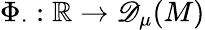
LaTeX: \Phi_{\cdot}:\mathbb{R}\to{\mathscr{D}_{\mu}(M)}